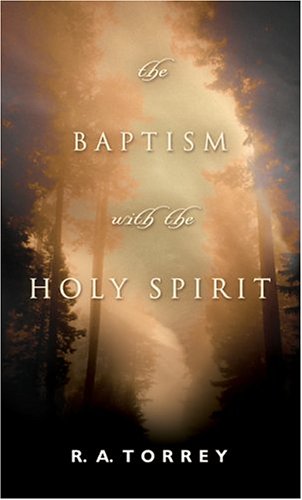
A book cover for The Baptism With the Holy Spirit; R. A. Torrey; Christian Books & Bibles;